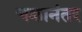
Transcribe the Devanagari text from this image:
चक्रानंतर